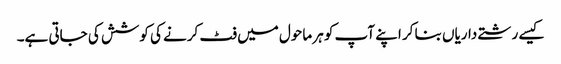
کیسے رشتے داریاں بنا کر اپنے آپ کو ہر ماحول میں فٹ کرنے کی کوشش کی جاتی ہے۔